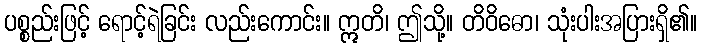
ပစ္စည်းဖြင့် ရောင့်ရဲခြင်း လည်းကောင်း။ ဣတိ၊ ဤသို့။ တိဝိဓော၊ သုံးပါးအပြားရှိ၏။